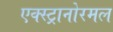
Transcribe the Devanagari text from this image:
एक्स्ट्रानोरमल